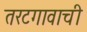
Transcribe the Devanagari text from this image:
तरटगावाची